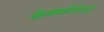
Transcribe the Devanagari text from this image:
केक्कोनेनने